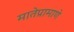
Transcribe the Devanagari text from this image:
मातेप्रामाणे